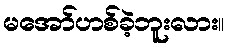
မအော်ဟစ်ခဲ့ဘူးလား။